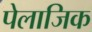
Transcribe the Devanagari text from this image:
पेलाजिक